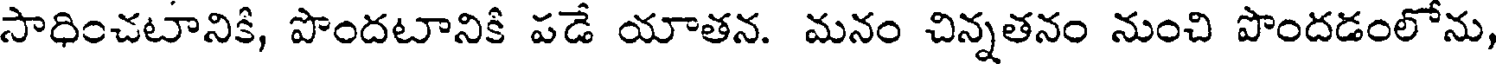
సాధించటానికి, పొందటానికి పడే యాతన. మనం చిన్నతనం నుంచి పొందడంలోను,